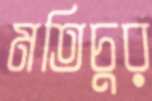
মতিচুর